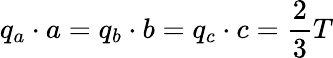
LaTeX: q_{a}\cdot a=q_{b}\cdot b=q_{c}\cdot c={\frac{2}{3}}T